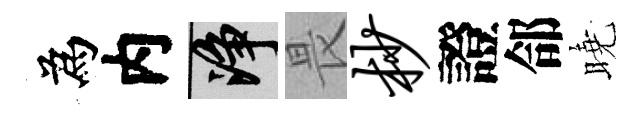
為内净畏杪證郃曉